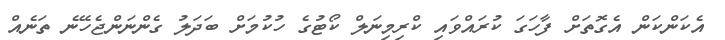
އެކަންކަން އެގޮތަށް ފާހަގަ ކުރައްވައި ކްރިމިނަލް ކޯޓުގެ ހުކުމަށް ބަދަލު ގެންނަންޖެހޭނެ ތަނެއް